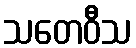
သတေဝီသ